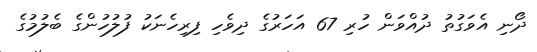
ދޯނި އެވަގުތު ދުއްވަން ހުރި 67 އަހަރުގެ ދިވެހި ފިރިހެނަކު ފުލުހުންގެ ބެލުމުގެ